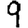
Digit: 9